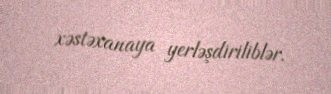
xəstəxanaya yerləşdiriliblər.